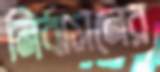
নির্বাসনের